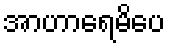
အာဟာရေမိပေ